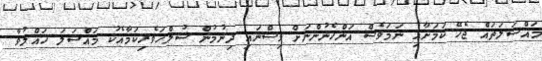
މައްސަލަތައް ޖެހޭ ކަމަށާއި ނަމަވެސް އަންހެނުންނަށް ވިސްނައި ދިނުމުން ސުލްހަވެރިކަމާއެކު މައްސަލަ ހައްލުވާ